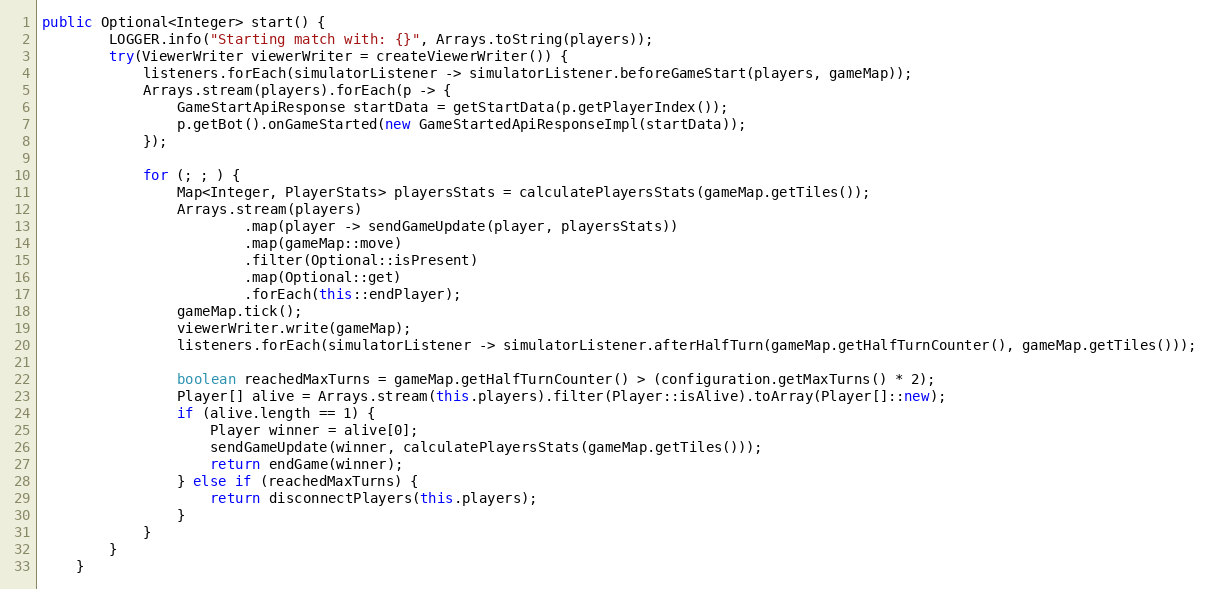
Language: Java
public Optional<Integer> start() {
        LOGGER.info("Starting match with: {}", Arrays.toString(players));
        try(ViewerWriter viewerWriter = createViewerWriter()) {
            listeners.forEach(simulatorListener -> simulatorListener.beforeGameStart(players, gameMap));
            Arrays.stream(players).forEach(p -> {
                GameStartApiResponse startData = getStartData(p.getPlayerIndex());
                p.getBot().onGameStarted(new GameStartedApiResponseImpl(startData));
            });

            for (; ; ) {
                Map<Integer, PlayerStats> playersStats = calculatePlayersStats(gameMap.getTiles());
                Arrays.stream(players)
                        .map(player -> sendGameUpdate(player, playersStats))
                        .map(gameMap::move)
                        .filter(Optional::isPresent)
                        .map(Optional::get)
                        .forEach(this::endPlayer);
                gameMap.tick();
                viewerWriter.write(gameMap);
                listeners.forEach(simulatorListener -> simulatorListener.afterHalfTurn(gameMap.getHalfTurnCounter(), gameMap.getTiles()));

                boolean reachedMaxTurns = gameMap.getHalfTurnCounter() > (configuration.getMaxTurns() * 2);
                Player[] alive = Arrays.stream(this.players).filter(Player::isAlive).toArray(Player[]::new);
                if (alive.length == 1) {
                    Player winner = alive[0];
                    sendGameUpdate(winner, calculatePlayersStats(gameMap.getTiles()));
                    return endGame(winner);
                } else if (reachedMaxTurns) {
                    return disconnectPlayers(this.players);
                }
            }
        }
    }